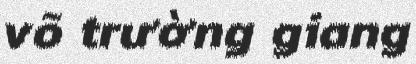
võ trường giang